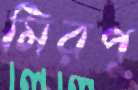
মিরপু